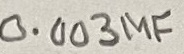
Text: 0.003µF